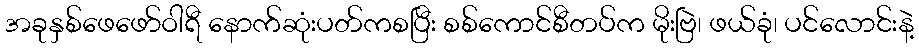
အခုနှစ်ဖေဖော်ဝါရီ နောက်ဆုံးပတ်ကစပြီး စစ်ကောင်စီတပ်က မိုးဗြဲ၊ ဖယ်ခုံ၊ ပင်လောင်းနဲ့